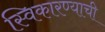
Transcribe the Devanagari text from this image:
स्विकारण्याची